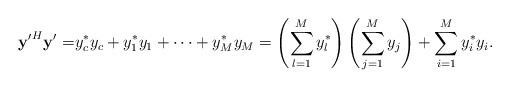
\begin{align*} \mathbf{y'}^H\mathbf{y}'=&y_c^* y_c+y_1^*y_1+\cdots+y_M^*y_M=\left(\sum_{l=1}^M y_l^*\right)\left(\sum_{j=1}^M y_j\right)+\sum_{i=1}^M y_i^*y_i.\end{align*}